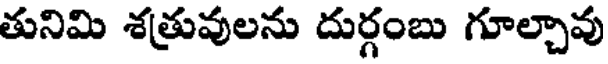
తునిమి శత్రువులను దుర్గంబు గూల్చావు